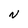
Character: N